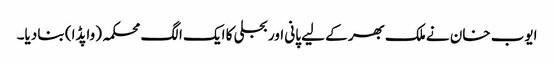
ایوب خان نے ملک بھر کے لیے پانی اور بجلی کا ایک الگ محکمہ (واپڈا) بنا دیا۔